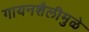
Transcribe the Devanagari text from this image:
गायनशैलीमुळे